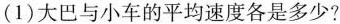
(1)大巴与小车的平均速度各是多少?